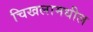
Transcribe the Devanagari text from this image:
चिखलामधील